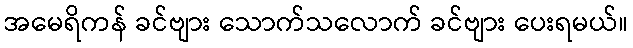
အမေရိကန် ခင်ဗျား သောက်သလောက် ခင်ဗျား ပေးရမယ်။